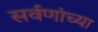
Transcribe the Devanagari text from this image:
सर्वणांच्या